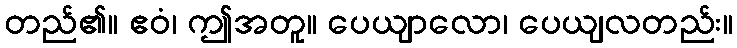
တည်၏။ ဧဝံ၊ ဤအတူ။ ပေယျာလော၊ ပေယျလတည်း။